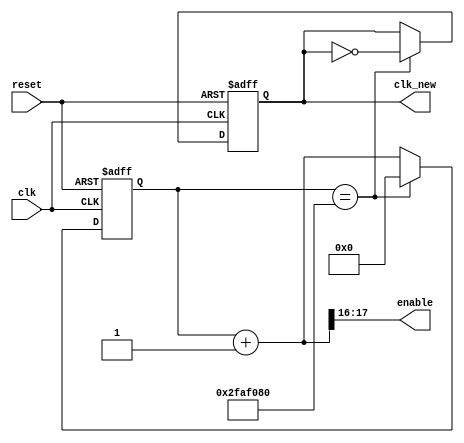
module fre_divider_1hz_en(
    input clk,
    output clk_new,
    input reset,
    output [1:0] enable
    );
    
reg clk_new;
reg [26:0] count_n;
reg [26:0] count_p;

assign enable[1:0] = count_n[17:16];
        
always @(count_p)
begin
    count_n = count_p + 27'd1;
end 
       
always @(posedge clk or negedge reset)
begin
    if (~reset)
    begin
        count_p <= 27'd0;
        clk_new <= 0;
    end
    else
    begin
        count_p <= count_n;
        if (count_p == 27'd50000000)
        begin
            count_p <= 27'd0;
            clk_new <= ~clk_new;
        end
    end
end
  
endmodule